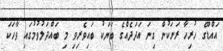
އައްޑޫގެ ހުރިހާ ރަށަކުން ގިނަ އަދަދެއްގެ ބަޔަކު ބައިވެރިވި މި ބައްދަލުވުމުގައި ވާހަކަ